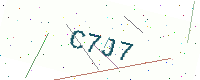
Text: C7J7